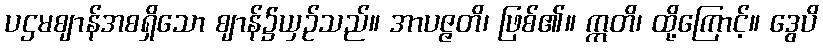
ပဌမဈာန်အစရှိသော ဈာန်၌ယှဉ်သည်။ အာပဇ္ဇတိ၊ ဖြစ်၏။ ဣတိ၊ ထို့ကြောင့်။ ဒွေပိ